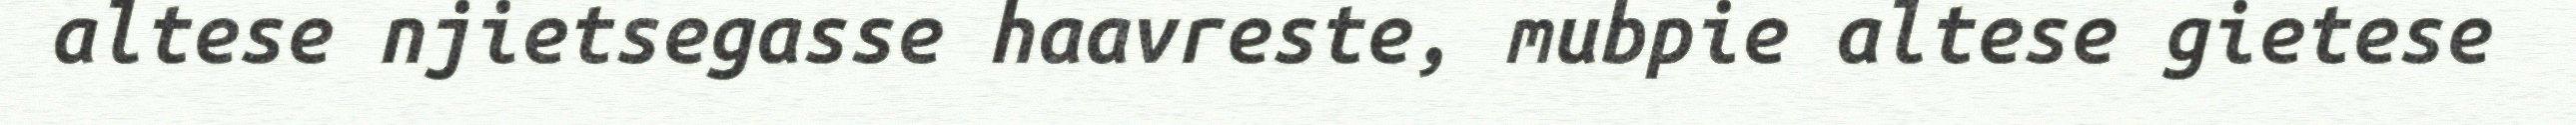
altese njietsegasse haavreste, mubpie altese gietese